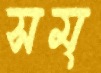
সম্